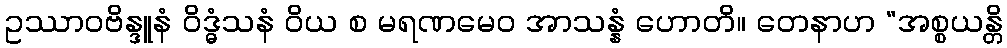
ဥဿာဝဗိန္ဒူနံ ဝိဒ္ဓံသနံ ဝိယ စ မရဏမေဝ အာသန္နံ ဟောတိ။ တေနာဟ “အစ္စယန္တိ